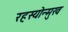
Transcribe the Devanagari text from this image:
रहस्योन्मुख